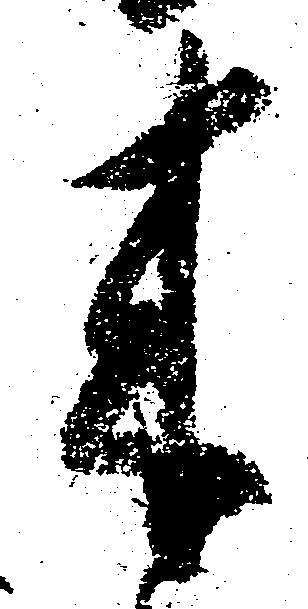
来